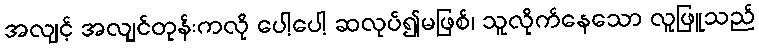
အလျင့် အလျင်တုန်းကလို ပေါ့ပေါ့ ဆလုပ်၍မဖြစ်၊ သူလိုက်နေသော လူဖြူသည်